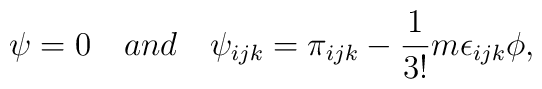
\psi = 0 \quad and \quad \psi_{ijk} = \pi_{ijk} -\frac{1}{3!}m\epsilon_{ijk}\phi,